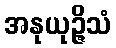
အနုယုဉ္ဇိသံ